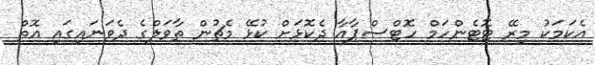
އެކަމަކު މިރޭ ޓޮޓެންހަމް ހޮޓްސްޕާއާ ދެކޮޅަށް ކުޅޭ މެޗުން ތާވަލްގެ ދެވަނައިގައި އޮތް